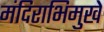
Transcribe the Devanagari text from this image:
मंदिराभिमुखे